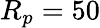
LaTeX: R_{p}=50